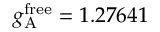
g _ { \mathrm { A } } ^ { \mathrm { f r e e } } = 1 . 2 7 6 4 1